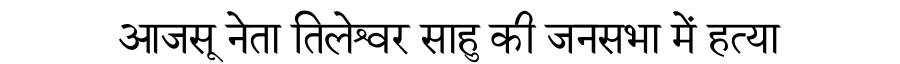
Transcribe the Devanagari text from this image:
आजसू नेता तिलेश्वर साहु की जनसभा में हत्या